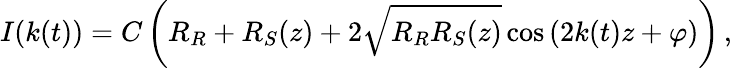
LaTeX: I(k(t))=C\left(R_{R}+R_{S}(z)+2\sqrt{R_{R}R_{S}(z)}\cos\left(2k(t)z+\varphi\right)\right)\, ,